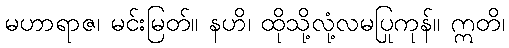
မဟာရာဇ၊ မင်းမြတ်။ နဟိ၊ ထိုသို့လုံ့လမပြုကုန်။ ဣတိ၊